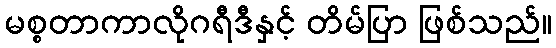
မစ္စတာကာလိုဂရီဒီနှင့် တိမ်ပြာ ဖြစ်သည်။